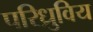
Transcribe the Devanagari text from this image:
परिध्रुविय